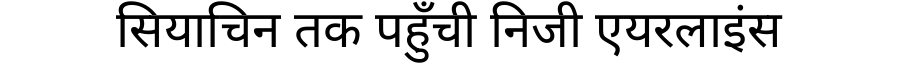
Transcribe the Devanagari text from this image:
सियाचिन तक पहुँची निजी एयरलाइंस